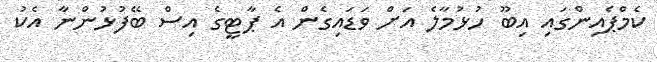
ކެމްޕެއިންގައި އިބޫ ހުޅުމާލެ އަށް ވަޑައިގެން އެ ޕާޓީގެ އިސް ބޭފުޅުންނާ އެކު